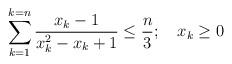
LaTeX: \begin{align*}\sum_{k=1}^{k=n} \frac{x_k-1}{x_k^2-x_k+1} \le \frac{n}{3}; \ \ \ x_k \ge0\end{align*}